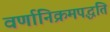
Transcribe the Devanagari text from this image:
वर्णानिक्रमपद्धति